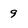
Character: 9